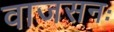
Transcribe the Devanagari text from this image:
वाजसनः